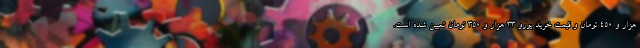
هزار و 450 تومان و قیمت خرید یورو 33 هزار و 350 تومان تعیین شده است.